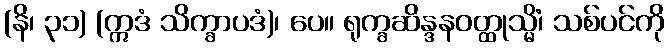
(နိ၊ ၃၁) (ဣဒံ သိက္ခာပဒံ)၊ ပေ။ ရုက္ခဆိန္ဒနဝတ္ထုသ္မိံ၊ သစ်ပင်ကို